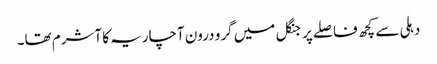
دہلی سے کچھ فاصلے پر جنگل میں گرو درون آچاریہ کا آشرم تھا۔